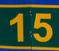
15